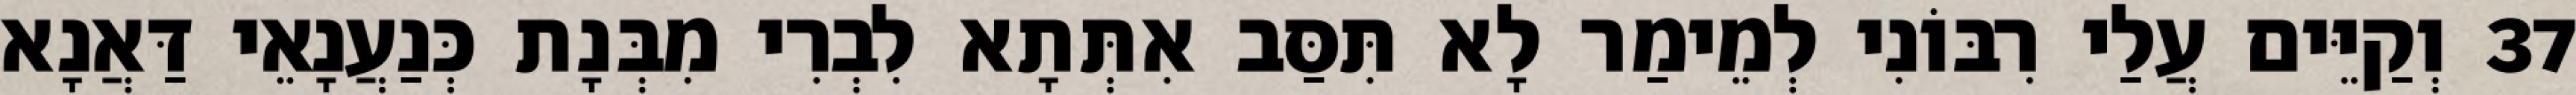
37 וְקַיֵּים עֲלַי רִבּוֹנִי לְמֵימַר לָא תִּסַּב אִתְּתָא לִבְרִי מִבְּנָת כְּנַעֲנָאֵי דַּאֲנָא